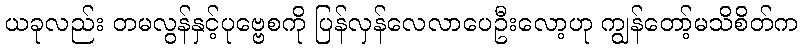
ယခုလည်း တမလွန်နှင့်ပုဗ္ဗေစကို ပြန်လှန်လေလာပေဦးလော့ဟု ကျွန်တော့်မသိစိတ်က